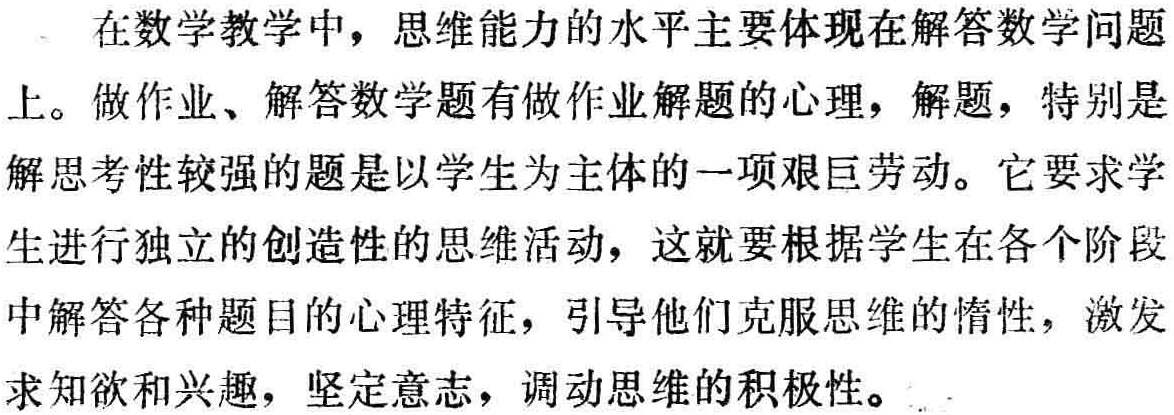
在数学教学中，思维能力的水平主要体现在解答数学问题上。做作业、解答数学题有做作业解题的心理，解题，特别是解思考性较强的题是以学生为主体的一项艰巨劳动。它要求学生进行独立的创造性的思维活动，这就要根据学生在各个阶段中解答各种题目的心理特征，引导他们克服思维的惰性，激发求知欲和兴趣，坚定意志，调动思维的积极性。